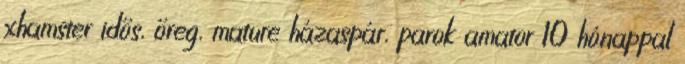
xhamster idős, őreg, mature házaspár, parok amator 10 hónappal